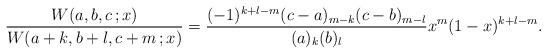
LaTeX: \begin{align*}\frac{W (a, b, c\,; x)}{W (a + k, b + l, c + m\,; x)} = \frac{(-1)^{k + l - m} (c - a)_{m - k} (c - b)_{m - l}}{(a)_{k} (b)_{l}} x^{m} (1 - x)^{k + l - m}. \end{align*}